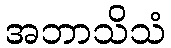
အဘာသိသံ